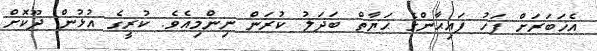
އެޚަބަރަށް ފަހު ފައިޙާންގެ ޙަޔާތް ބަދަލު ކުރަން ނިންމިއެވެ. ކުރީގެ އުޅުން ދޫކޮށް